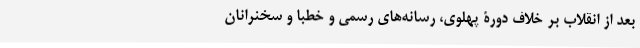
بعد از انقلاب بر خلاف دورۀ پهلوی، رسانه‌های رسمی و خطبا و سخنرانان